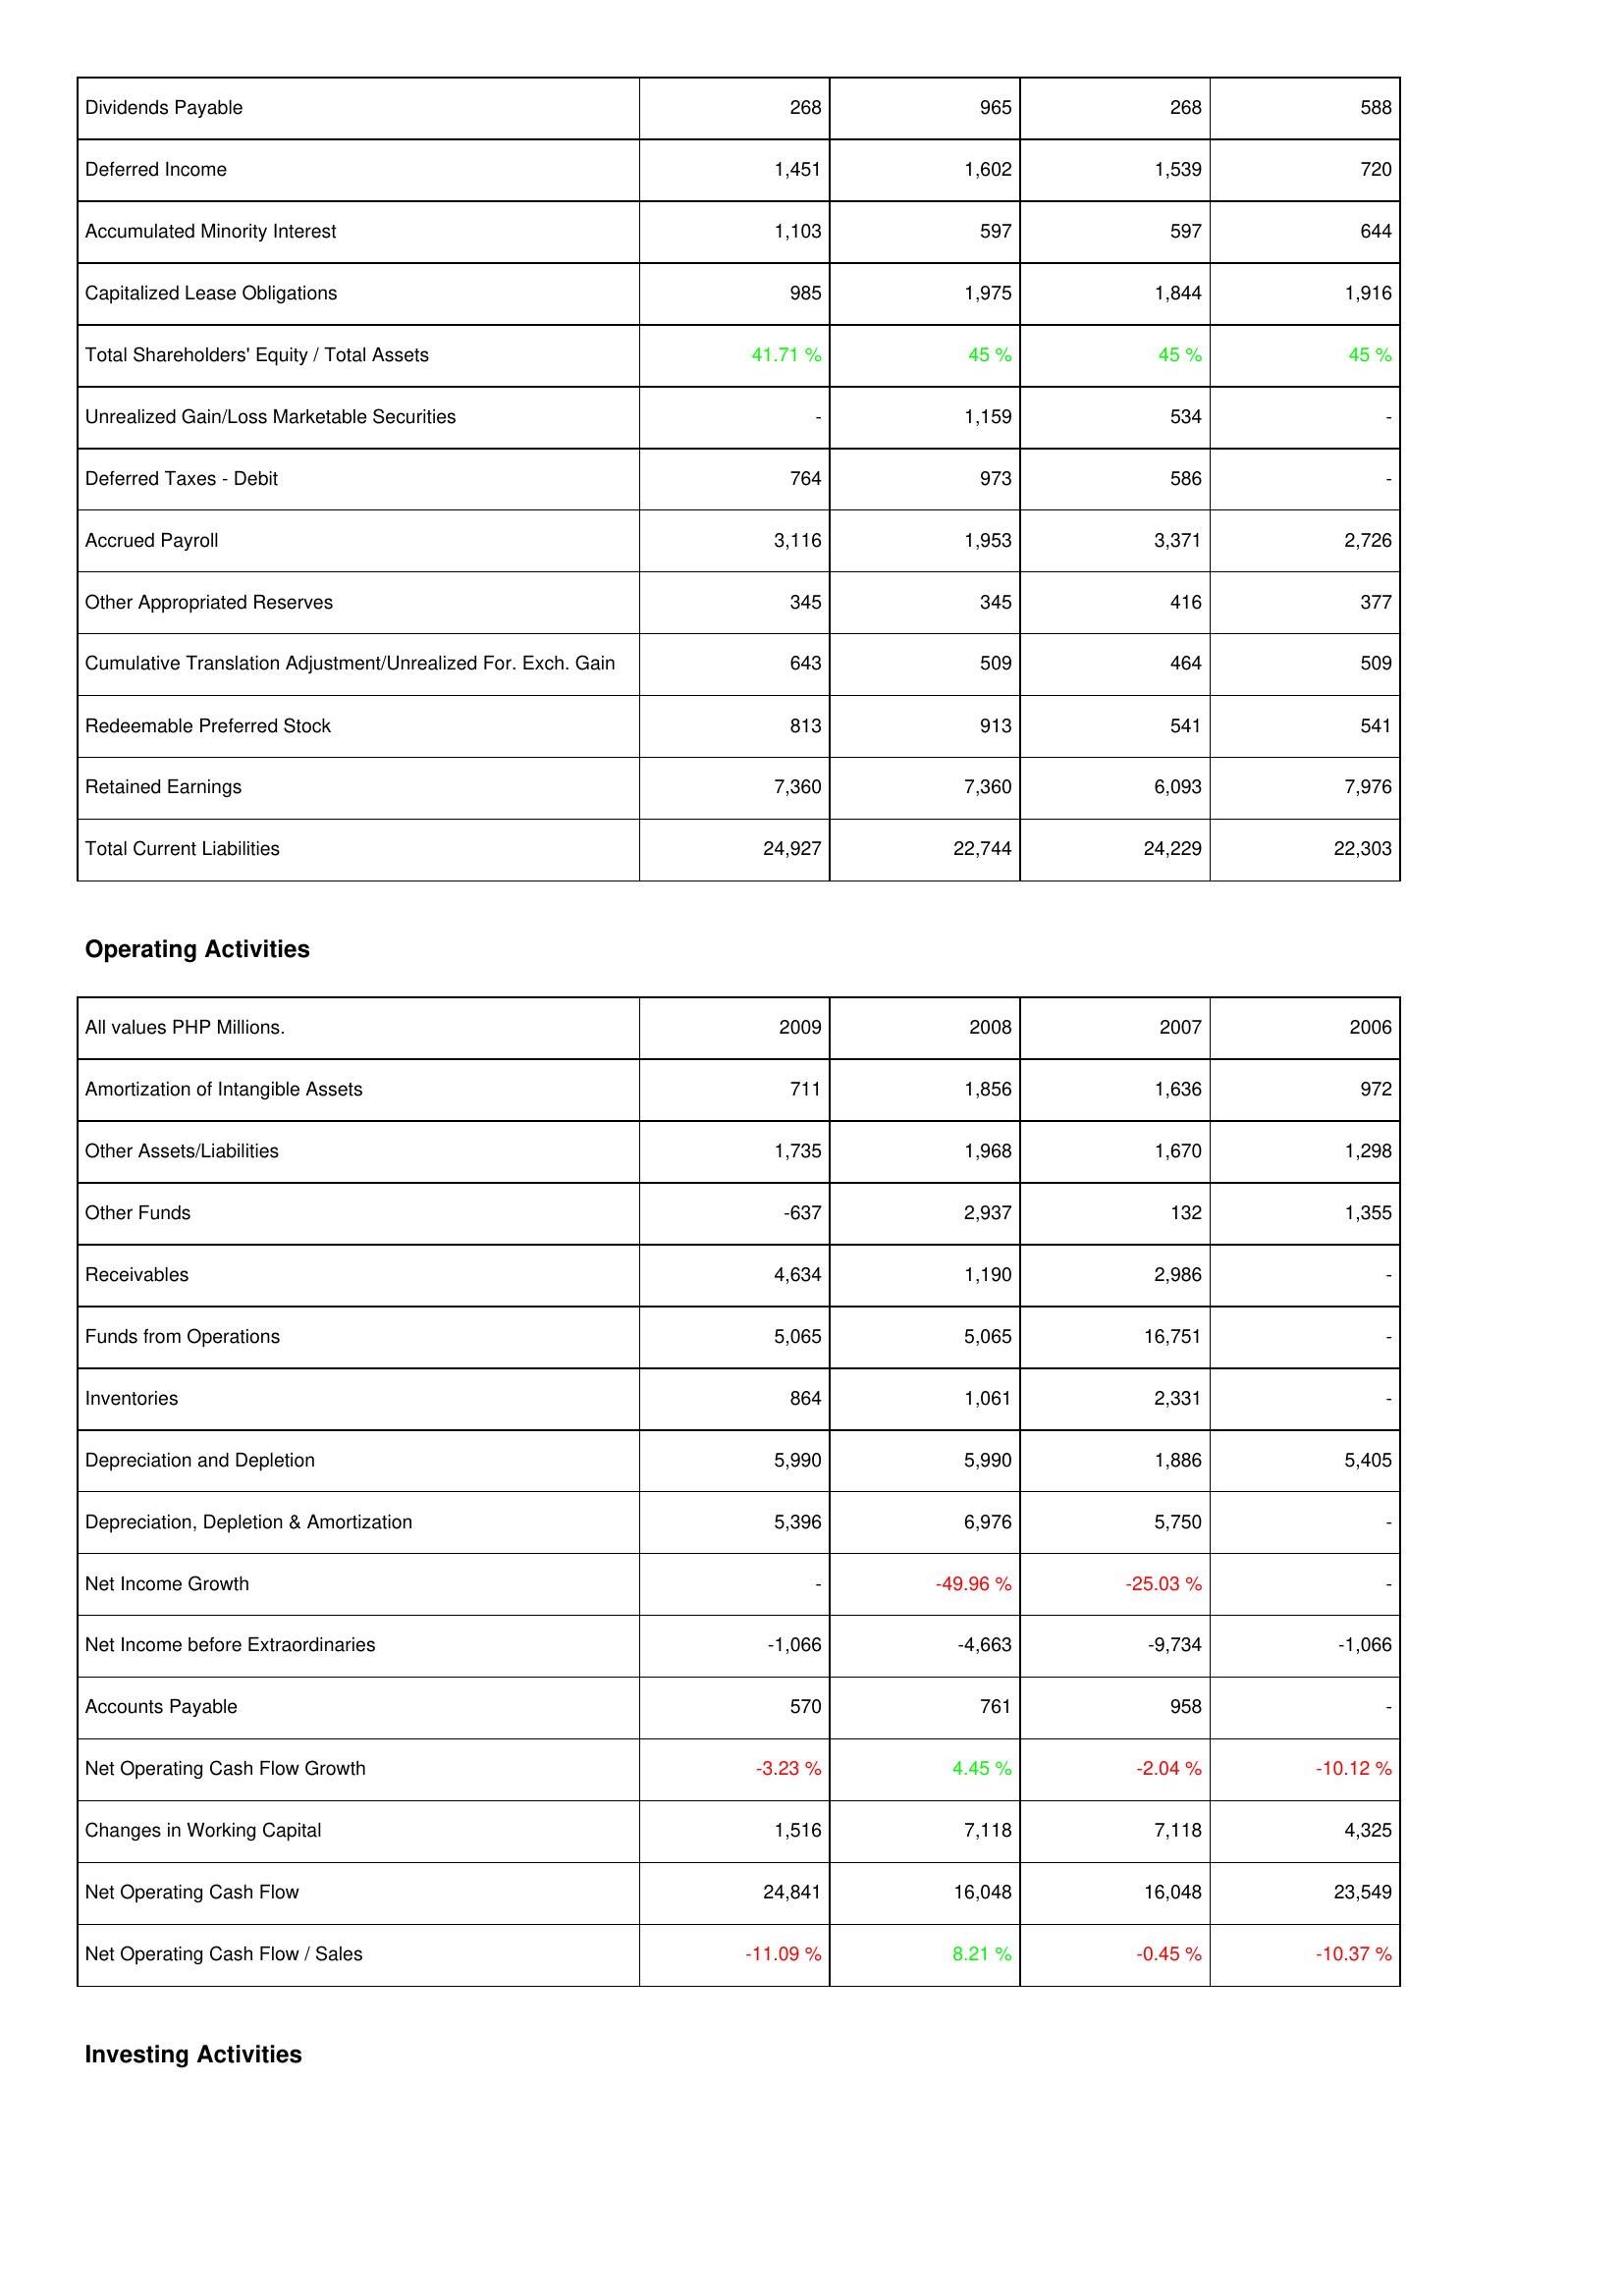
2009: Liabilities & Shareholders' Equity: Dividends Payable: 268
Deferred Income: 1,451
Accumulated Minority Interest: 1,103
Capitalized Lease Obligations: 985
Total Shareholders' Equity / Total Assets: 41.71 %
Unrealized Gain/Loss Marketable Securities: -
Deferred Taxes - Debit: 764
Accrued Payroll: 3,116
Other Appropriated Reserves: 345
Cumulative Translation Adjustment/Unrealized For. Exch. Gain: 643
Redeemable Preferred Stock: 813
Retained Earnings: 7,360
Total Current Liabilities: 24,927
Operating Activities: Amortization of Intangible Assets: 711
Other Assets/Liabilities: 1,735
Other Funds: -637
Receivables: 4,634
Funds from Operations: 5,065
Inventories: 864
Depreciation and Depletion: 5,990
Depreciation, Depletion & Amortization: 5,396
Net Income Growth: -
Net Income before Extraordinaries: -1,066
Accounts Payable: 570
Net Operating Cash Flow Growth: -3.23 %
Changes in Working Capital: 1,516
Net Operating Cash Flow: 24,841
Net Operating Cash Flow / Sales: -11.09 %
2008: Liabilities & Shareholders' Equity: Dividends Payable: 965
Deferred Income: 1,602
Accumulated Minority Interest: 597
Capitalized Lease Obligations: 1,975
Total Shareholders' Equity / Total Assets: 45 %
Unrealized Gain/Loss Marketable Securities: 1,159
Deferred Taxes - Debit: 973
Accrued Payroll: 1,953
Other Appropriated Reserves: 345
Cumulative Translation Adjustment/Unrealized For. Exch. Gain: 509
Redeemable Preferred Stock: 913
Retained Earnings: 7,360
Total Current Liabilities: 22,744
Operating Activities: Amortization of Intangible Assets: 1,856
Other Assets/Liabilities: 1,968
Other Funds: 2,937
Receivables: 1,190
Funds from Operations: 5,065
Inventories: 1,061
Depreciation and Depletion: 5,990
Depreciation, Depletion & Amortization: 6,976
Net Income Growth: -49.96 %
Net Income before Extraordinaries: -4,663
Accounts Payable: 761
Net Operating Cash Flow Growth: 4.45 %
Changes in Working Capital: 7,118
Net Operating Cash Flow: 16,048
Net Operating Cash Flow / Sales: 8.21 %
2007: Liabilities & Shareholders' Equity: Dividends Payable: 268
Deferred Income: 1,539
Accumulated Minority Interest: 597
Capitalized Lease Obligations: 1,844
Total Shareholders' Equity / Total Assets: 45 %
Unrealized Gain/Loss Marketable Securities: 534
Deferred Taxes - Debit: 586
Accrued Payroll: 3,371
Other Appropriated Reserves: 416
Cumulative Translation Adjustment/Unrealized For. Exch. Gain: 464
Redeemable Preferred Stock: 541
Retained Earnings: 6,093
Total Current Liabilities: 24,229
Operating Activities: Amortization of Intangible Assets: 1,636
Other Assets/Liabilities: 1,670
Other Funds: 132
Receivables: 2,986
Funds from Operations: 16,751
Inventories: 2,331
Depreciation and Depletion: 1,886
Depreciation, Depletion & Amortization: 5,750
Net Income Growth: -25.03 %
Net Income before Extraordinaries: -9,734
Accounts Payable: 958
Net Operating Cash Flow Growth: -2.04 %
Changes in Working Capital: 7,118
Net Operating Cash Flow: 16,048
Net Operating Cash Flow / Sales: -0.45 %
2006: Liabilities & Shareholders' Equity: Dividends Payable: 588
Deferred Income: 720
Accumulated Minority Interest: 644
Capitalized Lease Obligations: 1,916
Total Shareholders' Equity / Total Assets: 45 %
Unrealized Gain/Loss Marketable Securities: -
Deferred Taxes - Debit: -
Accrued Payroll: 2,726
Other Appropriated Reserves: 377
Cumulative Translation Adjustment/Unrealized For. Exch. Gain: 509
Redeemable Preferred Stock: 541
Retained Earnings: 7,976
Total Current Liabilities: 22,303
Operating Activities: Amortization of Intangible Assets: 972
Other Assets/Liabilities: 1,298
Other Funds: 1,355
Receivables: -
Funds from Operations: -
Inventories: -
Depreciation and Depletion: 5,405
Depreciation, Depletion & Amortization: -
Net Income Growth: -
Net Income before Extraordinaries: -1,066
Accounts Payable: -
Net Operating Cash Flow Growth: -10.12 %
Changes in Working Capital: 4,325
Net Operating Cash Flow: 23,549
Net Operating Cash Flow / Sales: -10.37 %